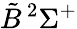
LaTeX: \tilde{B}\, ^{2}\Sigma^{+}